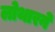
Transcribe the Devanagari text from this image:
लोथारने